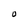
Character: O